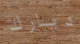
ديارك